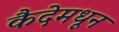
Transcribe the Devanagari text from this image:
कैदेमधून